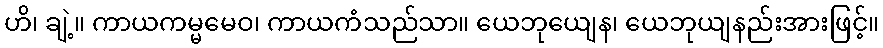
ဟိ၊ ချဲ့။ ကာယကမ္မမေဝ၊ ကာယကံသည်သာ။ ယေဘုယျေန၊ ယေဘုယျနည်းအားဖြင့်။